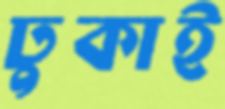
ঢুকাই